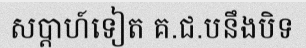
សប្តាហ៍ទៀត គ.ជ.បនឹងបិទ